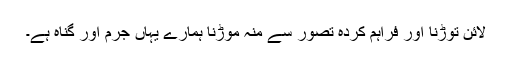
لائن توڑنا اور فراہم کردہ تصور سے منہ موڑنا ہمارے یہاں جرم اور گناہ ہے۔